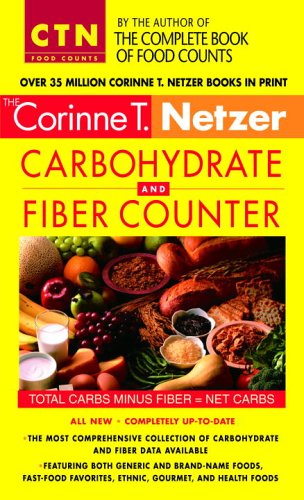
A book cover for Corinne T. Netzer Carbohydrate and Fiber Counter (Corinne T. Netzer Carbohydrate & Fiber Counter); Corinne T. Netzer; Health, Fitness & Dieting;